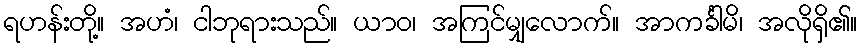
ရဟန်းတို့။ အဟံ၊ ငါဘုရားသည်။ ယာဝ၊ အကြင်မျှလောက်။ အာကင်္ခါမိ၊ အလိုရှိ၏။